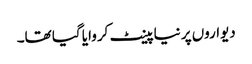
دیواروں پر نیا پینٹ کروایا گیا تھا۔